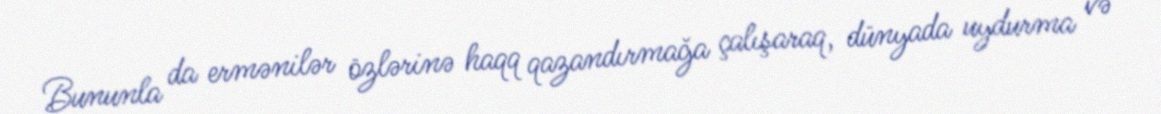
Bununla da ermənilər özlərinə haqq qazandırmağa çalışaraq, dünyada uydurma və